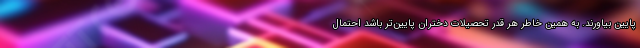
پایین بیاورند. به همین خاطر هر قدر تحصیلات دختران پایین‌تر باشد احتمال